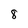
Character: 8